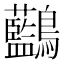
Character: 𪈭